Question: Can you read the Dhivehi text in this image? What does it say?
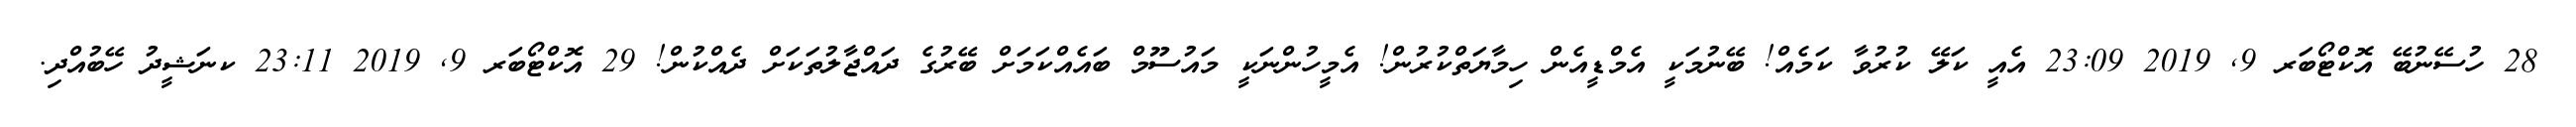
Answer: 28 ހުސޭނުބޭ އޮކްޓޯބަރ 9, 2019 23:09 އެއީ ކަލޭ ކުރުވާ ކަމެއް! ބޭނުމަކީ އެމްޑީއެން ހިމާޔަތްކުރުން! އެމީހުންނަކީ މައުސޫމް ބައެއްކަމަށް ބޭރުގެ ދައްޖާލުތަކަށް ދެއްކުން! 29 އޮކްޓޯބަރ 9, 2019 23:11 ކނަޝީދު ހޭބުއްދި.